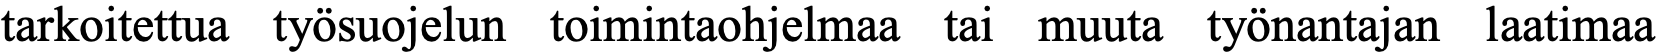
tarkoitettua työsuojelun toimintaohjelmaa tai muuta työnantajan laatimaa